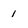
Character: 1